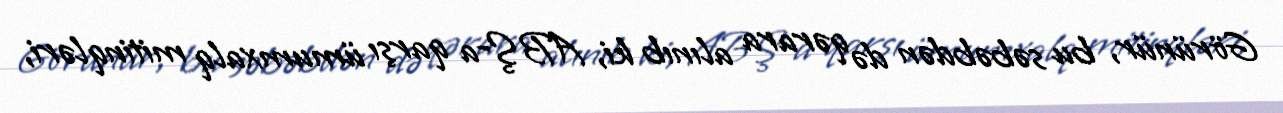
Görünür, bu səbəbdən də qərara alınıb ki, ABŞ-a qarşı ümumxalq mitinqləri,